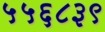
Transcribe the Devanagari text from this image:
५५६८३९